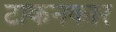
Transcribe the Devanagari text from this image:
टाकनकार